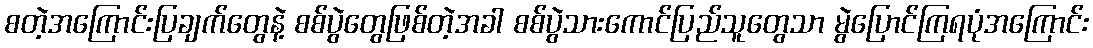
စတဲ့အကြောင်းပြချက်တွေနဲ့ စစ်ပွဲတွေဖြစ်တဲ့အခါ စစ်ပွဲသားကောင်ပြည်သူတွေသာ မွဲပြောင်ကြရပုံအကြောင်း